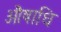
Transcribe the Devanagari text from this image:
औषाधि